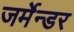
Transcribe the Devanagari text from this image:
जर्मेन्डर